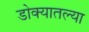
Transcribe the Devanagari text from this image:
डोक्यातल्या